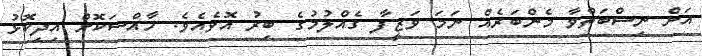
އަށް ނިސްބަތްވާ މެންބަރެއް ނަމަ ވަޒީފާ ގެއްލުމުގެ ބިރު އޮވެއެވެ. ހާއްސަކޮށް އިދިކޮޅު